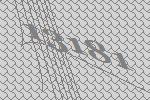
13181